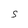
Character: S